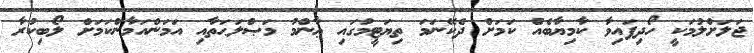
ޖަލަށްލުމަކީ ހޯދިފައިވާ ކާމިޔާބެއެް ކަމަށް ދެކޭނަމަ ތިޔަޓީމުގައި ޢާންމު މަޞްލަޙަތާއި އަމަންއަމާންކަމަށް ލޯބިކުރާ